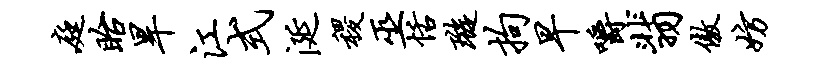
庭眙旱江式涎稷巫恬璇拘早嚼翡傲妨